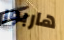
هاربور